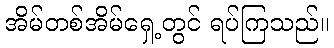
အိမ်တစ်အိမ်ရှေ့တွင် ရပ်ကြသည်။